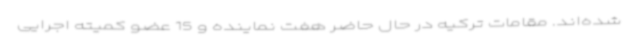
شده‌اند. مقامات ترکیه در حال حاضر هفت نماینده و 15 عضو کمیته اجرایی